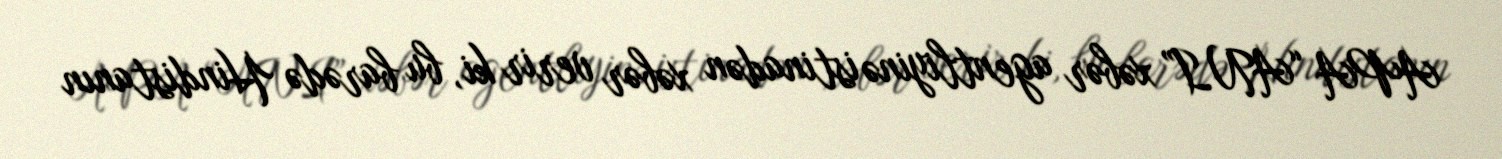
APA “ANI” xəbər agentliyinə istinadən xəbər verir ki, bu barədə Hindistanın